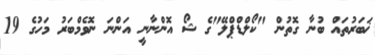
ޚަބަރުތައް ބުނާ ގޮތުން "ކޯލްޑްޕްލޭ"ގެ ޝޯ އޮންނާނީ އަންނަ ނޮވެމްބަރު މަހުގެ 19